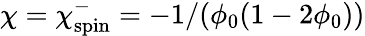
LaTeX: \chi=\chi_{\mathrm{spin}}^{-}=-1/(\phi_{0}(1-2\phi_{0}))